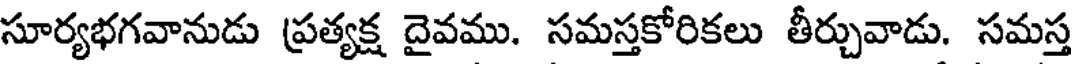
సూర్యభగవానుడు ప్రత్యక్ష దైవము. సమస్తకోరికలు తీర్చువాడు. సమస్త